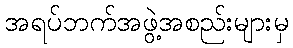
အရပ်ဘက်အဖွဲ့အစည်းများမှ